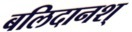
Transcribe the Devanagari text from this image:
बलिदानश्